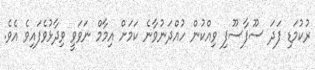
ރުކުމަޑި ފަދަ ސޫފާސޫފި ވިއްކުން ހުއްދަނުވާނެ ކަމަށް އިމާމް ނަވަވީ ވިދާޅުވެފައިވެ އެވެ.